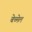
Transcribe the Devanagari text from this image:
बेच्मेल